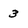
Character: 3